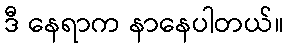
ဒီ နေရာက နာနေပါတယ်။